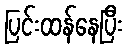
ပြင်းထန်နေပြီး